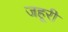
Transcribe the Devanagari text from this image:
जहूरी